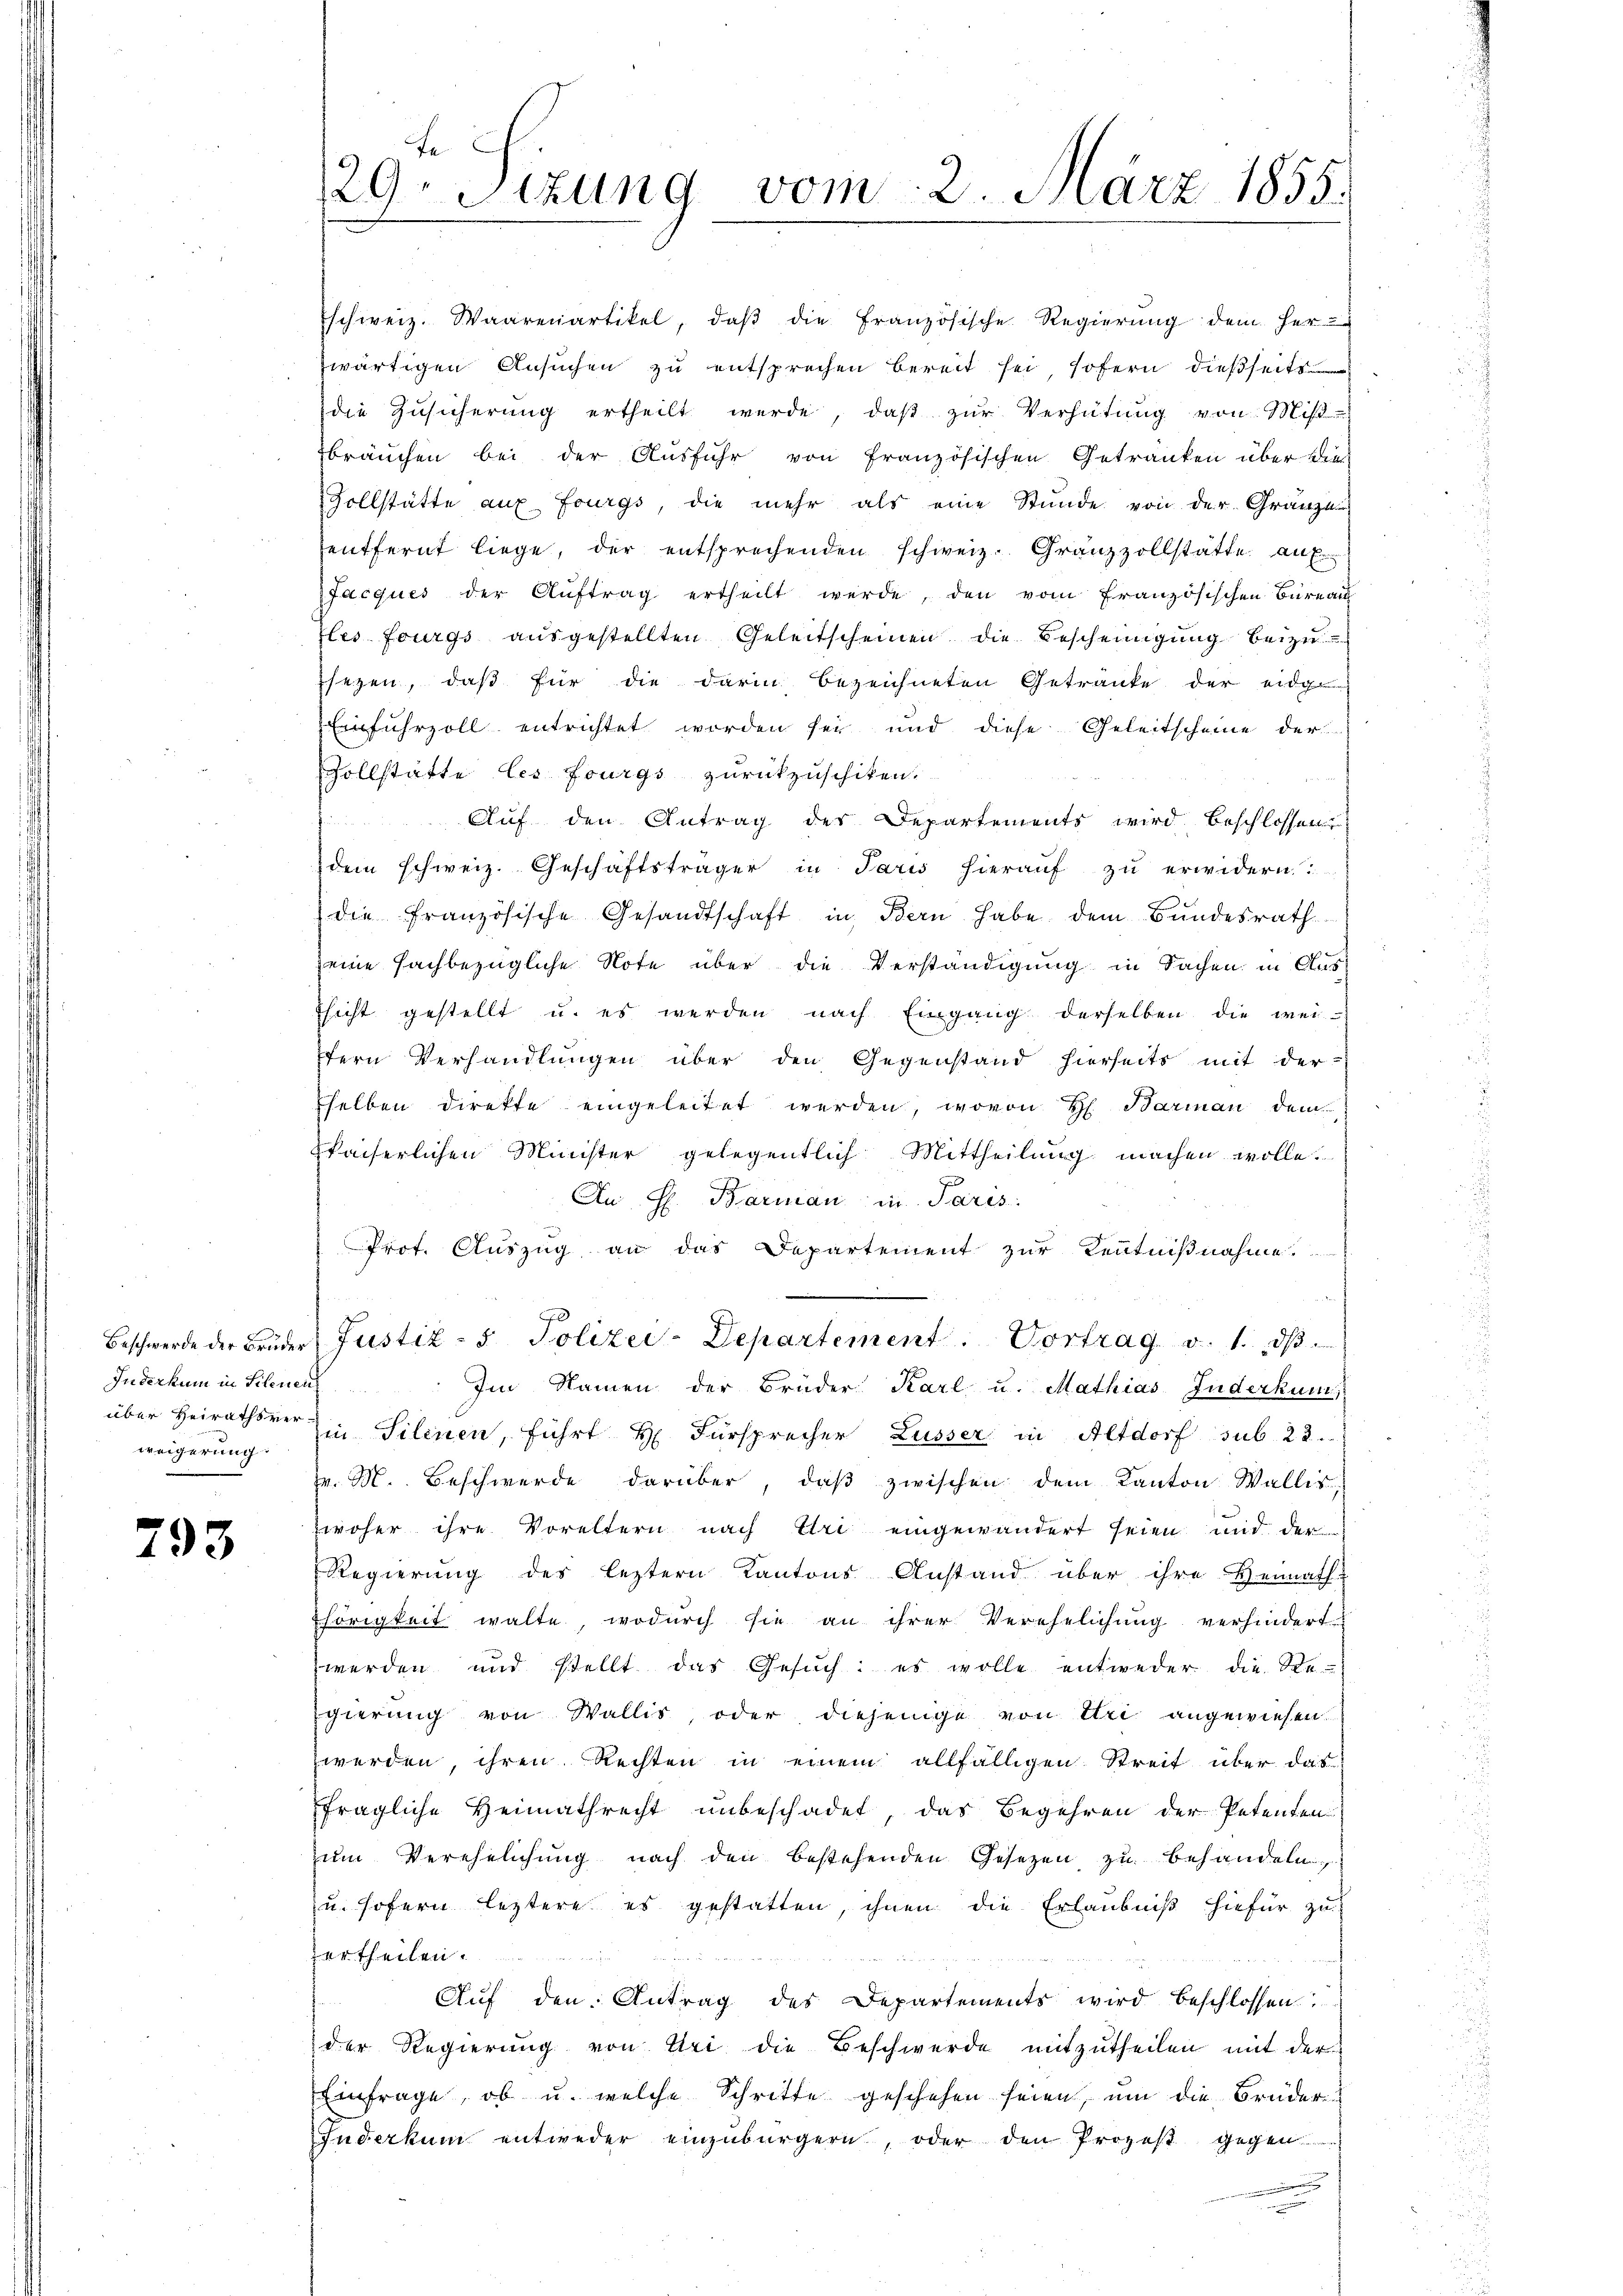
Inderkum in Schenen
weigerung:

793

fe
29. Sitzung vom 2. März 1855.

schweiz. Waarenartikel, daβ die Französische Regierung dem her-
wärtigen Ansuchen zu entsprechen bereit sei sofern dießseits
die Zŭsicherŭng ertheilt werde, daβ zŭr Verhütung von Mis
bräuchen bei der Ausfuhr von Französischen Getränken über die-
Zollstätte auf Fourgs, die mehr als eine Stunde von der Gränze
entfernt liege, der entsprechenden schweiz. Granzzollstatte auf
Jacques der Auftrag ertheilt werde, den vom französischen Bureau
les fourgs aŭsgestellten Geleitscheinen die Bescheinigung beizusezen, daß für die darin bezeichneten Getränke der ei
Einfuhrzoll entrichtet worden sei und diese Geleitscheine der
Zollstätte les fourgs zurückzuschiken.
Auf den Antrag der Departements wird beschlossen
dem schweiz. Geschäftsträger in Paris hieraŭf zŭ erwidern?
die französische Gesandtschaft in Bern habe dem Bundesrath
eine sachbezügliche Note über die Verständigung in Sachen in Ausssicht gestellt u. es werden nach Eingang derselben die wei-
tern Verhandlungen über den Gegenstand hierseits mit der
sselben direkte eingeleitet werden, wovon H. Barman dem
waiserlichen Minister gelegentlich Mittheilung machen wolle.
Au H. Barman in Paris
Prot. Auszug an das Departement zur Kenntnißnahme.

Beschwerde der Brüder Justiz - 5. Polizei-Departement. Vortrag v. 1. dβ.
Im Namen der Brüder Karl u. Mathias Inderkun
über Heirathsrer in Silinen, führt H. Fürsprecher Lusser in Altdorf sub. 22.
v. M. Beschwerde darüber, daβ zwischen dem Kanton Wallis
zwoher ihre Voreltern nach Uri eingewandert seien und der
Regierŭng des leztern Kantons Anstand über ihre Heimath-
hörigkeit walte, wodurch sie an ihrer Verehelichung verhindert
werden und stellt das Gesuch: es wolle entweder die Re-
gierung von Wallis, oder diejenige von Uri angewiesen
werden, ihren Rechten in einem allfälligen Streit über das
fragliche Heimathrecht unbeschadet, das Begehren der Petenten
zum Verehelichung nach den bestehenden Gesetzen zu behandeln,
u. sofern leztere es gestatten, ihnen die Erlaubniß hiefür zu
ertheilen.
Eitel in
Auf den Antrag des Departements wird beschlossen:
der Regierung von Uri die Beschwerde mitzutheilen mit der
Einfrage, ob u. welche Schritte geschehen seien, um die Brüder¬
Inderkum entweder einzubürgern, oder den Prozeß gegen
e